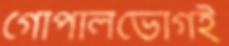
গোপালভোগই